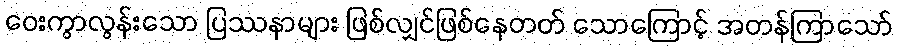
ဝေးကွာလွန်းသော ပြဿနာများ ဖြစ်လျှင်ဖြစ်နေတတ် သောကြောင့် အတန်ကြာသော်